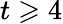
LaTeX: t\geqslant 4